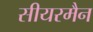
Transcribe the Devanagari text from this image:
सीयरमैन